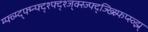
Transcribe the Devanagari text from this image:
म्फ्व्म्द्फ्म्न्फ्द्श्फ्द्श्ज्क्स्ज्फ्द्ज्ख्स्र्फिप्स्व्झ्र्